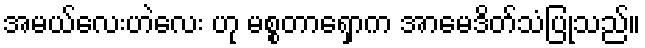
အမယ်လေးဟဲလေး ဟု မစ္စတာရှောက အာမေဒိတ်သံပြုသည်။